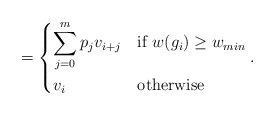
\begin{align*}= \begin{dcases*} \sum_{j=0}^m p_j v_{i+j} & if $w(g_i) \ge w_{min}$\\ v_i & otherwise \\ \end{dcases*}.\end{align*}